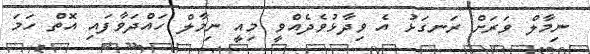
ނިމާލް ވަރަށް ރަނގަޅު އެ ވިދާޅުވެދެއްވީ މިއީ ނިމާލް ހައްދަވާފައި އޮތް ހަމަ